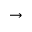
\to